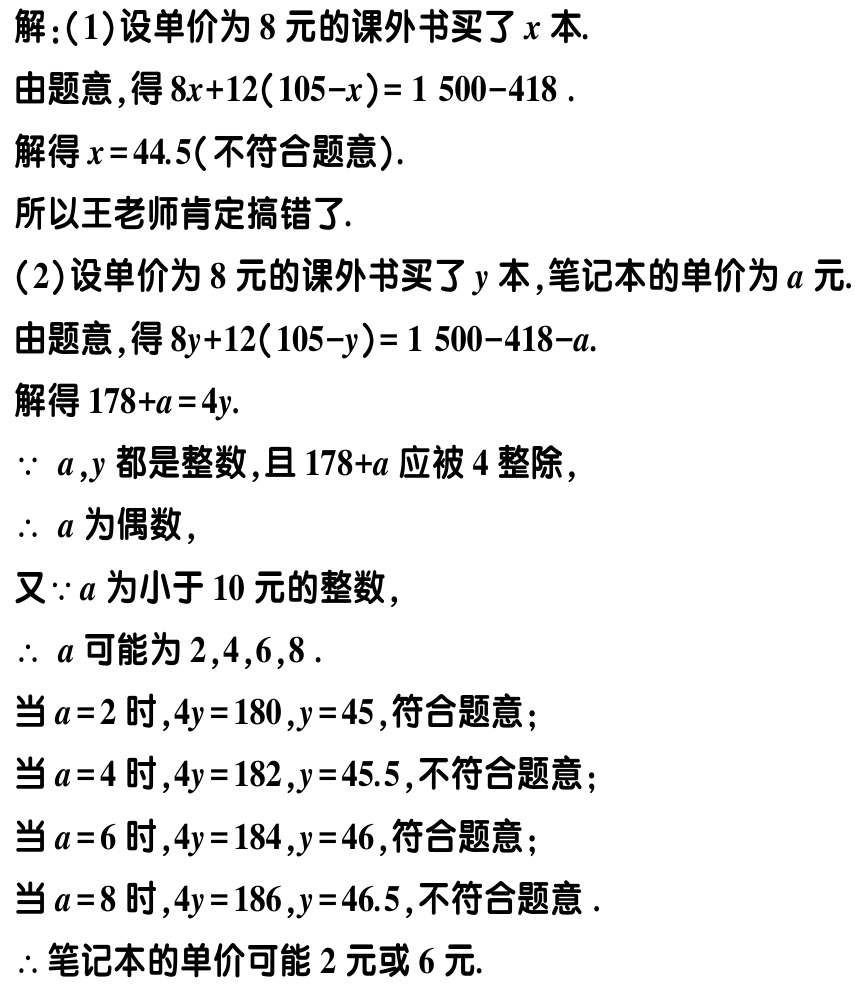
解：(1)设单价为8元的课外书买了\(x\)本.
由题意，得\(8x + 12(105 - x)=1500 - 418\).
解得\(x = 44.5\)(不符合题意).
所以王老师肯定搞错了.
(2)设单价为8元的课外书买了\(y\)本,笔记本的单价为\(a\)元.
由题意，得\(8y + 12(105 - y)=1500 - 418 - a\).
解得\(178 + a = 4y\).
\(\because a,y\)都是整数,且\(178 + a\)应被4整除，
\(\therefore a\)为偶数，
又\(\because a\)为小于10元的整数，
\(\therefore a\)可能为\(2,4,6,8\).
当\(a = 2\)时,\(4y = 180\),\(y = 45\),符合题意；
当\(a = 4\)时,\(4y = 182\),\(y = 45.5\),不符合题意；
当\(a = 6\)时,\(4y = 184\),\(y = 46\),符合题意；
当\(a = 8\)时,\(4y = 186\),\(y = 46.5\),不符合题意.
\(\therefore\)笔记本的单价可能2元或6元.